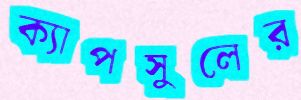
ক্যাপসুলের